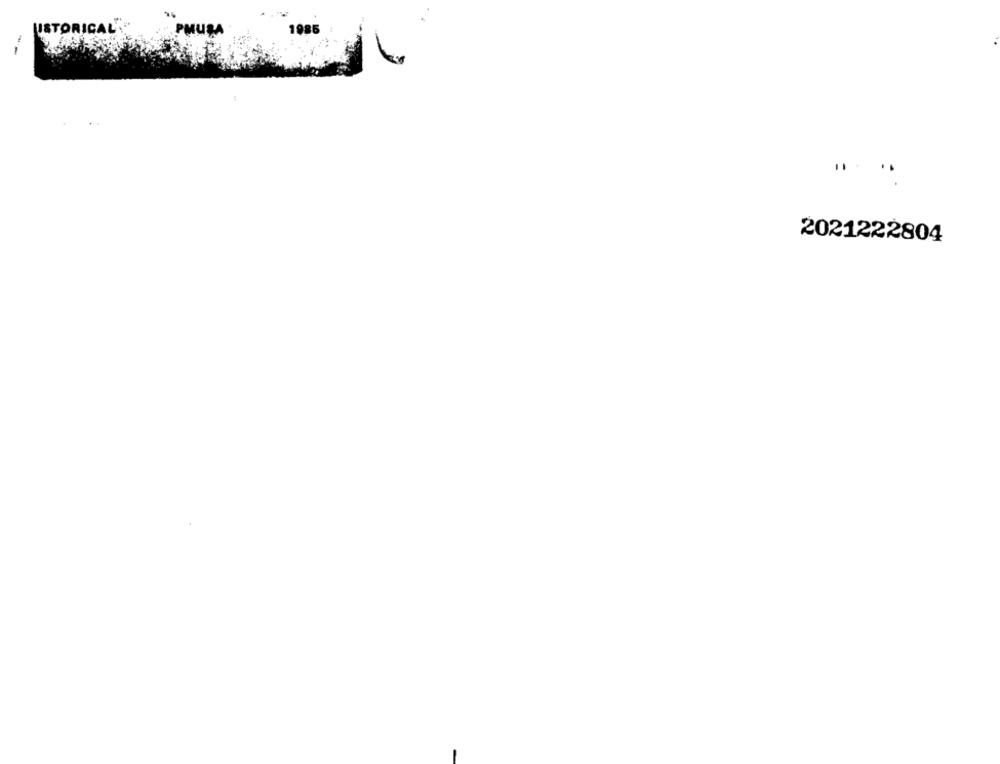
HISTORICAL."
1985
PMUSA
2021222804